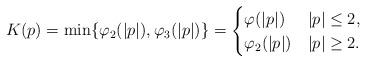
LaTeX: \begin{align*}K(p)=\min\{\varphi_2(|p|), \varphi_3(|p|)\}=\begin{cases}\varphi(|p|) & |p| \leq 2,\\\varphi_2(|p|) & |p| \geq 2.\end{cases}\end{align*}